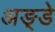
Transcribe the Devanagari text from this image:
अङ्डे